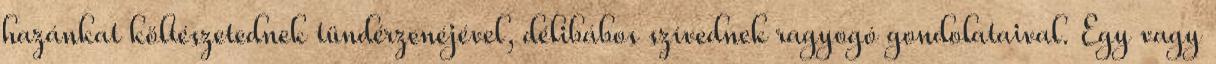
hazánkat költészetednek tündérzenéjével, délibábos szívednek ragyogó gondolataival. Egy vagy